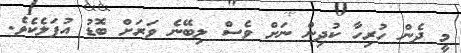
މީ ދެން ހުރިހާ ކުދިން ނަށް ވެސް ލިބޭނެ ވަރަށް ބޮޑު އުފަލެކެވެ.